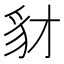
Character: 豺